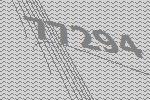
77294